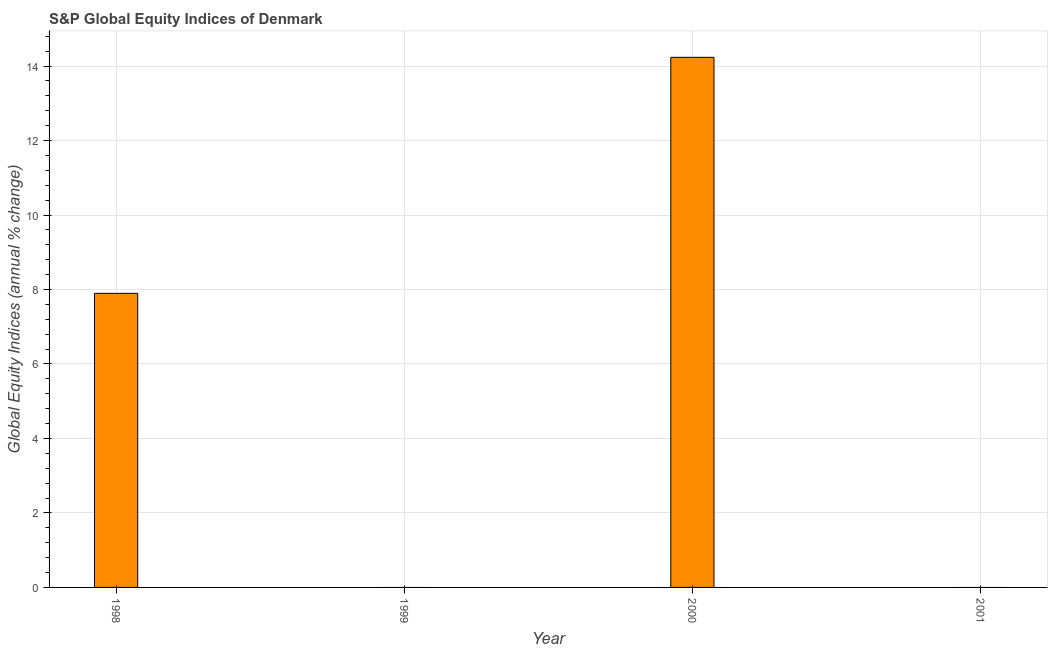
| Year | S&P Global Equity Indices |
 | --- | --- |
 | 1998 | 7.9 |
 | 1999 | -0.0751 |
 | 2000 | 14.2 |
 | 2001 | -16.8 |